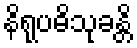
နိရုပဓိသုခန္တိ